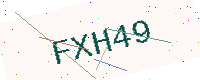
Text: FXH49